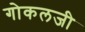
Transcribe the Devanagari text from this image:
गोकलजी